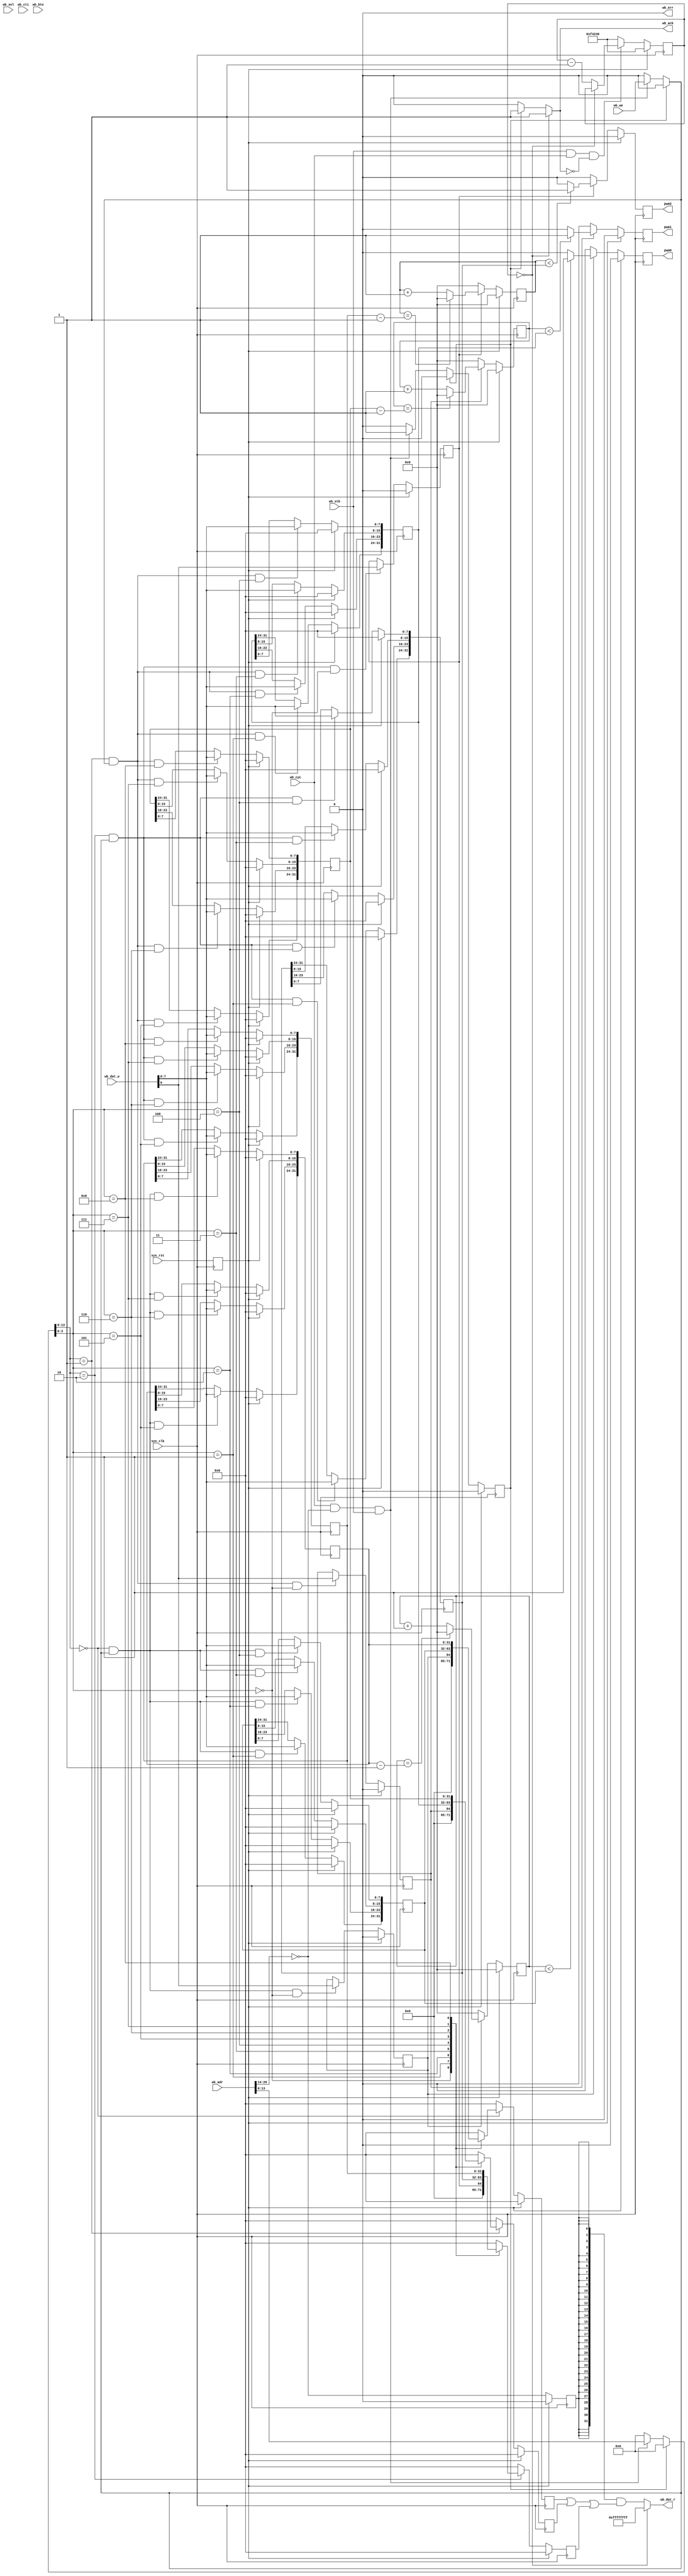
//--------------------------------------------------------------------------------
// Auto-generated by Migen (e2e6c72) & LiteX (1b07c084) on 2020-02-28 15:59:50
//--------------------------------------------------------------------------------
module top(
	input sys_clk,
	input sys_rst,
	output reg pwm0,
	output reg pwm1,
	output reg pwm2,
	input [29:0] wb_adr,
	input [31:0] wb_dat_w,
	output [31:0] wb_dat_r,
	input [3:0] wb_sel,
	input wb_cyc,
	input wb_stb,
	output wb_ack,
	input wb_we,
	input [2:0] wb_cti,
	input [1:0] wb_bte,
	output wb_err
);

wire sys_clk_1;
wire sys_rst_1;
wire por_clk;
reg main_int_rst = 1'd1;
reg [13:0] main_adr = 14'd0;
reg main_we = 1'd0;
wire [7:0] main_dat_w;
wire [7:0] main_dat_r;
wire [29:0] main_bus_wishbone_adr;
wire [31:0] main_bus_wishbone_dat_w;
wire [31:0] main_bus_wishbone_dat_r;
wire [3:0] main_bus_wishbone_sel;
wire main_bus_wishbone_cyc;
wire main_bus_wishbone_stb;
reg main_bus_wishbone_ack = 1'd0;
wire main_bus_wishbone_we;
wire [2:0] main_bus_wishbone_cti;
wire [1:0] main_bus_wishbone_bte;
reg main_bus_wishbone_err = 1'd0;
wire main_pwm0_enable;
wire [31:0] main_pwm0_width;
wire [31:0] main_pwm0_period;
reg [31:0] main_pwm0_counter = 32'd0;
reg main_pwm0_enable_storage = 1'd0;
reg main_pwm0_enable_re = 1'd0;
reg [31:0] main_pwm0_width_storage = 32'd0;
reg main_pwm0_width_re = 1'd0;
reg [31:0] main_pwm0_period_storage = 32'd0;
reg main_pwm0_period_re = 1'd0;
wire main_pwm1_enable;
wire [31:0] main_pwm1_width;
wire [31:0] main_pwm1_period;
reg [31:0] main_pwm1_counter = 32'd0;
reg main_pwm1_enable_storage = 1'd0;
reg main_pwm1_enable_re = 1'd0;
reg [31:0] main_pwm1_width_storage = 32'd0;
reg main_pwm1_width_re = 1'd0;
reg [31:0] main_pwm1_period_storage = 32'd0;
reg main_pwm1_period_re = 1'd0;
wire main_pwm2_enable;
wire [31:0] main_pwm2_width;
wire [31:0] main_pwm2_period;
reg [31:0] main_pwm2_counter = 32'd0;
reg main_pwm2_enable_storage = 1'd0;
reg main_pwm2_enable_re = 1'd0;
reg [31:0] main_pwm2_width_storage = 32'd0;
reg main_pwm2_width_re = 1'd0;
reg [31:0] main_pwm2_period_storage = 32'd0;
reg main_pwm2_period_re = 1'd0;
wire [29:0] main_wb_bus_adr;
wire [31:0] main_wb_bus_dat_w;
wire [31:0] main_wb_bus_dat_r;
wire [3:0] main_wb_bus_sel;
wire main_wb_bus_cyc;
wire main_wb_bus_stb;
wire main_wb_bus_ack;
wire main_wb_bus_we;
wire [2:0] main_wb_bus_cti;
wire [1:0] main_wb_bus_bte;
wire main_wb_bus_err;
reg builder_state = 1'd0;
reg builder_next_state = 1'd0;
wire [29:0] builder_shared_adr;
wire [31:0] builder_shared_dat_w;
reg [31:0] builder_shared_dat_r = 32'd0;
wire [3:0] builder_shared_sel;
wire builder_shared_cyc;
wire builder_shared_stb;
reg builder_shared_ack = 1'd0;
wire builder_shared_we;
wire [2:0] builder_shared_cti;
wire [1:0] builder_shared_bte;
wire builder_shared_err;
wire builder_request;
wire builder_grant;
wire builder_slave_sel;
reg builder_slave_sel_r = 1'd0;
reg builder_error = 1'd0;
wire builder_wait;
wire builder_done;
reg [19:0] builder_count = 20'd1000000;
wire [13:0] builder_interface0_bank_bus_adr;
wire builder_interface0_bank_bus_we;
wire [7:0] builder_interface0_bank_bus_dat_w;
reg [7:0] builder_interface0_bank_bus_dat_r = 8'd0;
wire builder_csrbank0_enable0_re;
wire builder_csrbank0_enable0_r;
wire builder_csrbank0_enable0_we;
wire builder_csrbank0_enable0_w;
wire builder_csrbank0_width3_re;
wire [7:0] builder_csrbank0_width3_r;
wire builder_csrbank0_width3_we;
wire [7:0] builder_csrbank0_width3_w;
wire builder_csrbank0_width2_re;
wire [7:0] builder_csrbank0_width2_r;
wire builder_csrbank0_width2_we;
wire [7:0] builder_csrbank0_width2_w;
wire builder_csrbank0_width1_re;
wire [7:0] builder_csrbank0_width1_r;
wire builder_csrbank0_width1_we;
wire [7:0] builder_csrbank0_width1_w;
wire builder_csrbank0_width0_re;
wire [7:0] builder_csrbank0_width0_r;
wire builder_csrbank0_width0_we;
wire [7:0] builder_csrbank0_width0_w;
wire builder_csrbank0_period3_re;
wire [7:0] builder_csrbank0_period3_r;
wire builder_csrbank0_period3_we;
wire [7:0] builder_csrbank0_period3_w;
wire builder_csrbank0_period2_re;
wire [7:0] builder_csrbank0_period2_r;
wire builder_csrbank0_period2_we;
wire [7:0] builder_csrbank0_period2_w;
wire builder_csrbank0_period1_re;
wire [7:0] builder_csrbank0_period1_r;
wire builder_csrbank0_period1_we;
wire [7:0] builder_csrbank0_period1_w;
wire builder_csrbank0_period0_re;
wire [7:0] builder_csrbank0_period0_r;
wire builder_csrbank0_period0_we;
wire [7:0] builder_csrbank0_period0_w;
wire builder_csrbank0_sel;
wire [13:0] builder_interface1_bank_bus_adr;
wire builder_interface1_bank_bus_we;
wire [7:0] builder_interface1_bank_bus_dat_w;
reg [7:0] builder_interface1_bank_bus_dat_r = 8'd0;
wire builder_csrbank1_enable0_re;
wire builder_csrbank1_enable0_r;
wire builder_csrbank1_enable0_we;
wire builder_csrbank1_enable0_w;
wire builder_csrbank1_width3_re;
wire [7:0] builder_csrbank1_width3_r;
wire builder_csrbank1_width3_we;
wire [7:0] builder_csrbank1_width3_w;
wire builder_csrbank1_width2_re;
wire [7:0] builder_csrbank1_width2_r;
wire builder_csrbank1_width2_we;
wire [7:0] builder_csrbank1_width2_w;
wire builder_csrbank1_width1_re;
wire [7:0] builder_csrbank1_width1_r;
wire builder_csrbank1_width1_we;
wire [7:0] builder_csrbank1_width1_w;
wire builder_csrbank1_width0_re;
wire [7:0] builder_csrbank1_width0_r;
wire builder_csrbank1_width0_we;
wire [7:0] builder_csrbank1_width0_w;
wire builder_csrbank1_period3_re;
wire [7:0] builder_csrbank1_period3_r;
wire builder_csrbank1_period3_we;
wire [7:0] builder_csrbank1_period3_w;
wire builder_csrbank1_period2_re;
wire [7:0] builder_csrbank1_period2_r;
wire builder_csrbank1_period2_we;
wire [7:0] builder_csrbank1_period2_w;
wire builder_csrbank1_period1_re;
wire [7:0] builder_csrbank1_period1_r;
wire builder_csrbank1_period1_we;
wire [7:0] builder_csrbank1_period1_w;
wire builder_csrbank1_period0_re;
wire [7:0] builder_csrbank1_period0_r;
wire builder_csrbank1_period0_we;
wire [7:0] builder_csrbank1_period0_w;
wire builder_csrbank1_sel;
wire [13:0] builder_interface2_bank_bus_adr;
wire builder_interface2_bank_bus_we;
wire [7:0] builder_interface2_bank_bus_dat_w;
reg [7:0] builder_interface2_bank_bus_dat_r = 8'd0;
wire builder_csrbank2_enable0_re;
wire builder_csrbank2_enable0_r;
wire builder_csrbank2_enable0_we;
wire builder_csrbank2_enable0_w;
wire builder_csrbank2_width3_re;
wire [7:0] builder_csrbank2_width3_r;
wire builder_csrbank2_width3_we;
wire [7:0] builder_csrbank2_width3_w;
wire builder_csrbank2_width2_re;
wire [7:0] builder_csrbank2_width2_r;
wire builder_csrbank2_width2_we;
wire [7:0] builder_csrbank2_width2_w;
wire builder_csrbank2_width1_re;
wire [7:0] builder_csrbank2_width1_r;
wire builder_csrbank2_width1_we;
wire [7:0] builder_csrbank2_width1_w;
wire builder_csrbank2_width0_re;
wire [7:0] builder_csrbank2_width0_r;
wire builder_csrbank2_width0_we;
wire [7:0] builder_csrbank2_width0_w;
wire builder_csrbank2_period3_re;
wire [7:0] builder_csrbank2_period3_r;
wire builder_csrbank2_period3_we;
wire [7:0] builder_csrbank2_period3_w;
wire builder_csrbank2_period2_re;
wire [7:0] builder_csrbank2_period2_r;
wire builder_csrbank2_period2_we;
wire [7:0] builder_csrbank2_period2_w;
wire builder_csrbank2_period1_re;
wire [7:0] builder_csrbank2_period1_r;
wire builder_csrbank2_period1_we;
wire [7:0] builder_csrbank2_period1_w;
wire builder_csrbank2_period0_re;
wire [7:0] builder_csrbank2_period0_r;
wire builder_csrbank2_period0_we;
wire [7:0] builder_csrbank2_period0_w;
wire builder_csrbank2_sel;
wire [13:0] builder_adr;
wire builder_we;
wire [7:0] builder_dat_w;
wire [7:0] builder_dat_r;
reg [29:0] builder_array_muxed0 = 30'd0;
reg [31:0] builder_array_muxed1 = 32'd0;
reg [3:0] builder_array_muxed2 = 4'd0;
reg builder_array_muxed3 = 1'd0;
reg builder_array_muxed4 = 1'd0;
reg builder_array_muxed5 = 1'd0;
reg [2:0] builder_array_muxed6 = 3'd0;
reg [1:0] builder_array_muxed7 = 2'd0;

assign main_wb_bus_adr = wb_adr;
assign main_wb_bus_dat_w = wb_dat_w;
assign wb_dat_r = main_wb_bus_dat_r;
assign main_wb_bus_sel = wb_sel;
assign main_wb_bus_cyc = wb_cyc;
assign main_wb_bus_stb = wb_stb;
assign wb_ack = main_wb_bus_ack;
assign main_wb_bus_we = wb_we;
assign main_wb_bus_cti = wb_cti;
assign main_wb_bus_bte = wb_bte;
assign wb_err = main_wb_bus_err;
assign sys_clk_1 = sys_clk;
assign por_clk = sys_clk;
assign sys_rst_1 = main_int_rst;
assign main_dat_w = main_bus_wishbone_dat_w;
assign main_bus_wishbone_dat_r = main_dat_r;
always @(*) begin
	main_we <= 1'd0;
	builder_next_state <= 1'd0;
	main_bus_wishbone_ack <= 1'd0;
	main_adr <= 14'd0;
	builder_next_state <= builder_state;
	case (builder_state)
		1'd1: begin
			main_bus_wishbone_ack <= 1'd1;
			builder_next_state <= 1'd0;
		end
		default: begin
			if ((main_bus_wishbone_cyc & main_bus_wishbone_stb)) begin
				main_adr <= main_bus_wishbone_adr;
				main_we <= main_bus_wishbone_we;
				builder_next_state <= 1'd1;
			end
		end
	endcase
end
assign builder_shared_adr = builder_array_muxed0;
assign builder_shared_dat_w = builder_array_muxed1;
assign builder_shared_sel = builder_array_muxed2;
assign builder_shared_cyc = builder_array_muxed3;
assign builder_shared_stb = builder_array_muxed4;
assign builder_shared_we = builder_array_muxed5;
assign builder_shared_cti = builder_array_muxed6;
assign builder_shared_bte = builder_array_muxed7;
assign main_wb_bus_dat_r = builder_shared_dat_r;
assign main_wb_bus_ack = (builder_shared_ack & (builder_grant == 1'd0));
assign main_wb_bus_err = (builder_shared_err & (builder_grant == 1'd0));
assign builder_request = {main_wb_bus_cyc};
assign builder_grant = 1'd0;
assign builder_slave_sel = (builder_shared_adr[29:14] == 1'd0);
assign main_bus_wishbone_adr = builder_shared_adr;
assign main_bus_wishbone_dat_w = builder_shared_dat_w;
assign main_bus_wishbone_sel = builder_shared_sel;
assign main_bus_wishbone_stb = builder_shared_stb;
assign main_bus_wishbone_we = builder_shared_we;
assign main_bus_wishbone_cti = builder_shared_cti;
assign main_bus_wishbone_bte = builder_shared_bte;
assign main_bus_wishbone_cyc = (builder_shared_cyc & builder_slave_sel);
assign builder_shared_err = main_bus_wishbone_err;
assign builder_wait = ((builder_shared_stb & builder_shared_cyc) & (~builder_shared_ack));
always @(*) begin
	builder_error <= 1'd0;
	builder_shared_ack <= 1'd0;
	builder_shared_dat_r <= 32'd0;
	builder_shared_ack <= main_bus_wishbone_ack;
	builder_shared_dat_r <= ({32{builder_slave_sel_r}} & main_bus_wishbone_dat_r);
	if (builder_done) begin
		builder_shared_dat_r <= 32'd4294967295;
		builder_shared_ack <= 1'd1;
		builder_error <= 1'd1;
	end
end
assign builder_done = (builder_count == 1'd0);
assign builder_csrbank0_sel = (builder_interface0_bank_bus_adr[13:9] == 1'd0);
assign builder_csrbank0_enable0_r = builder_interface0_bank_bus_dat_w[0];
assign builder_csrbank0_enable0_re = ((builder_csrbank0_sel & builder_interface0_bank_bus_we) & (builder_interface0_bank_bus_adr[3:0] == 1'd0));
assign builder_csrbank0_enable0_we = ((builder_csrbank0_sel & (~builder_interface0_bank_bus_we)) & (builder_interface0_bank_bus_adr[3:0] == 1'd0));
assign builder_csrbank0_width3_r = builder_interface0_bank_bus_dat_w[7:0];
assign builder_csrbank0_width3_re = ((builder_csrbank0_sel & builder_interface0_bank_bus_we) & (builder_interface0_bank_bus_adr[3:0] == 1'd1));
assign builder_csrbank0_width3_we = ((builder_csrbank0_sel & (~builder_interface0_bank_bus_we)) & (builder_interface0_bank_bus_adr[3:0] == 1'd1));
assign builder_csrbank0_width2_r = builder_interface0_bank_bus_dat_w[7:0];
assign builder_csrbank0_width2_re = ((builder_csrbank0_sel & builder_interface0_bank_bus_we) & (builder_interface0_bank_bus_adr[3:0] == 2'd2));
assign builder_csrbank0_width2_we = ((builder_csrbank0_sel & (~builder_interface0_bank_bus_we)) & (builder_interface0_bank_bus_adr[3:0] == 2'd2));
assign builder_csrbank0_width1_r = builder_interface0_bank_bus_dat_w[7:0];
assign builder_csrbank0_width1_re = ((builder_csrbank0_sel & builder_interface0_bank_bus_we) & (builder_interface0_bank_bus_adr[3:0] == 2'd3));
assign builder_csrbank0_width1_we = ((builder_csrbank0_sel & (~builder_interface0_bank_bus_we)) & (builder_interface0_bank_bus_adr[3:0] == 2'd3));
assign builder_csrbank0_width0_r = builder_interface0_bank_bus_dat_w[7:0];
assign builder_csrbank0_width0_re = ((builder_csrbank0_sel & builder_interface0_bank_bus_we) & (builder_interface0_bank_bus_adr[3:0] == 3'd4));
assign builder_csrbank0_width0_we = ((builder_csrbank0_sel & (~builder_interface0_bank_bus_we)) & (builder_interface0_bank_bus_adr[3:0] == 3'd4));
assign builder_csrbank0_period3_r = builder_interface0_bank_bus_dat_w[7:0];
assign builder_csrbank0_period3_re = ((builder_csrbank0_sel & builder_interface0_bank_bus_we) & (builder_interface0_bank_bus_adr[3:0] == 3'd5));
assign builder_csrbank0_period3_we = ((builder_csrbank0_sel & (~builder_interface0_bank_bus_we)) & (builder_interface0_bank_bus_adr[3:0] == 3'd5));
assign builder_csrbank0_period2_r = builder_interface0_bank_bus_dat_w[7:0];
assign builder_csrbank0_period2_re = ((builder_csrbank0_sel & builder_interface0_bank_bus_we) & (builder_interface0_bank_bus_adr[3:0] == 3'd6));
assign builder_csrbank0_period2_we = ((builder_csrbank0_sel & (~builder_interface0_bank_bus_we)) & (builder_interface0_bank_bus_adr[3:0] == 3'd6));
assign builder_csrbank0_period1_r = builder_interface0_bank_bus_dat_w[7:0];
assign builder_csrbank0_period1_re = ((builder_csrbank0_sel & builder_interface0_bank_bus_we) & (builder_interface0_bank_bus_adr[3:0] == 3'd7));
assign builder_csrbank0_period1_we = ((builder_csrbank0_sel & (~builder_interface0_bank_bus_we)) & (builder_interface0_bank_bus_adr[3:0] == 3'd7));
assign builder_csrbank0_period0_r = builder_interface0_bank_bus_dat_w[7:0];
assign builder_csrbank0_period0_re = ((builder_csrbank0_sel & builder_interface0_bank_bus_we) & (builder_interface0_bank_bus_adr[3:0] == 4'd8));
assign builder_csrbank0_period0_we = ((builder_csrbank0_sel & (~builder_interface0_bank_bus_we)) & (builder_interface0_bank_bus_adr[3:0] == 4'd8));
assign builder_csrbank0_enable0_w = main_pwm0_enable_storage;
assign builder_csrbank0_width3_w = main_pwm0_width_storage[31:24];
assign builder_csrbank0_width2_w = main_pwm0_width_storage[23:16];
assign builder_csrbank0_width1_w = main_pwm0_width_storage[15:8];
assign builder_csrbank0_width0_w = main_pwm0_width_storage[7:0];
assign builder_csrbank0_period3_w = main_pwm0_period_storage[31:24];
assign builder_csrbank0_period2_w = main_pwm0_period_storage[23:16];
assign builder_csrbank0_period1_w = main_pwm0_period_storage[15:8];
assign builder_csrbank0_period0_w = main_pwm0_period_storage[7:0];
assign builder_csrbank1_sel = (builder_interface1_bank_bus_adr[13:9] == 1'd1);
assign builder_csrbank1_enable0_r = builder_interface1_bank_bus_dat_w[0];
assign builder_csrbank1_enable0_re = ((builder_csrbank1_sel & builder_interface1_bank_bus_we) & (builder_interface1_bank_bus_adr[3:0] == 1'd0));
assign builder_csrbank1_enable0_we = ((builder_csrbank1_sel & (~builder_interface1_bank_bus_we)) & (builder_interface1_bank_bus_adr[3:0] == 1'd0));
assign builder_csrbank1_width3_r = builder_interface1_bank_bus_dat_w[7:0];
assign builder_csrbank1_width3_re = ((builder_csrbank1_sel & builder_interface1_bank_bus_we) & (builder_interface1_bank_bus_adr[3:0] == 1'd1));
assign builder_csrbank1_width3_we = ((builder_csrbank1_sel & (~builder_interface1_bank_bus_we)) & (builder_interface1_bank_bus_adr[3:0] == 1'd1));
assign builder_csrbank1_width2_r = builder_interface1_bank_bus_dat_w[7:0];
assign builder_csrbank1_width2_re = ((builder_csrbank1_sel & builder_interface1_bank_bus_we) & (builder_interface1_bank_bus_adr[3:0] == 2'd2));
assign builder_csrbank1_width2_we = ((builder_csrbank1_sel & (~builder_interface1_bank_bus_we)) & (builder_interface1_bank_bus_adr[3:0] == 2'd2));
assign builder_csrbank1_width1_r = builder_interface1_bank_bus_dat_w[7:0];
assign builder_csrbank1_width1_re = ((builder_csrbank1_sel & builder_interface1_bank_bus_we) & (builder_interface1_bank_bus_adr[3:0] == 2'd3));
assign builder_csrbank1_width1_we = ((builder_csrbank1_sel & (~builder_interface1_bank_bus_we)) & (builder_interface1_bank_bus_adr[3:0] == 2'd3));
assign builder_csrbank1_width0_r = builder_interface1_bank_bus_dat_w[7:0];
assign builder_csrbank1_width0_re = ((builder_csrbank1_sel & builder_interface1_bank_bus_we) & (builder_interface1_bank_bus_adr[3:0] == 3'd4));
assign builder_csrbank1_width0_we = ((builder_csrbank1_sel & (~builder_interface1_bank_bus_we)) & (builder_interface1_bank_bus_adr[3:0] == 3'd4));
assign builder_csrbank1_period3_r = builder_interface1_bank_bus_dat_w[7:0];
assign builder_csrbank1_period3_re = ((builder_csrbank1_sel & builder_interface1_bank_bus_we) & (builder_interface1_bank_bus_adr[3:0] == 3'd5));
assign builder_csrbank1_period3_we = ((builder_csrbank1_sel & (~builder_interface1_bank_bus_we)) & (builder_interface1_bank_bus_adr[3:0] == 3'd5));
assign builder_csrbank1_period2_r = builder_interface1_bank_bus_dat_w[7:0];
assign builder_csrbank1_period2_re = ((builder_csrbank1_sel & builder_interface1_bank_bus_we) & (builder_interface1_bank_bus_adr[3:0] == 3'd6));
assign builder_csrbank1_period2_we = ((builder_csrbank1_sel & (~builder_interface1_bank_bus_we)) & (builder_interface1_bank_bus_adr[3:0] == 3'd6));
assign builder_csrbank1_period1_r = builder_interface1_bank_bus_dat_w[7:0];
assign builder_csrbank1_period1_re = ((builder_csrbank1_sel & builder_interface1_bank_bus_we) & (builder_interface1_bank_bus_adr[3:0] == 3'd7));
assign builder_csrbank1_period1_we = ((builder_csrbank1_sel & (~builder_interface1_bank_bus_we)) & (builder_interface1_bank_bus_adr[3:0] == 3'd7));
assign builder_csrbank1_period0_r = builder_interface1_bank_bus_dat_w[7:0];
assign builder_csrbank1_period0_re = ((builder_csrbank1_sel & builder_interface1_bank_bus_we) & (builder_interface1_bank_bus_adr[3:0] == 4'd8));
assign builder_csrbank1_period0_we = ((builder_csrbank1_sel & (~builder_interface1_bank_bus_we)) & (builder_interface1_bank_bus_adr[3:0] == 4'd8));
assign builder_csrbank1_enable0_w = main_pwm1_enable_storage;
assign builder_csrbank1_width3_w = main_pwm1_width_storage[31:24];
assign builder_csrbank1_width2_w = main_pwm1_width_storage[23:16];
assign builder_csrbank1_width1_w = main_pwm1_width_storage[15:8];
assign builder_csrbank1_width0_w = main_pwm1_width_storage[7:0];
assign builder_csrbank1_period3_w = main_pwm1_period_storage[31:24];
assign builder_csrbank1_period2_w = main_pwm1_period_storage[23:16];
assign builder_csrbank1_period1_w = main_pwm1_period_storage[15:8];
assign builder_csrbank1_period0_w = main_pwm1_period_storage[7:0];
assign builder_csrbank2_sel = (builder_interface2_bank_bus_adr[13:9] == 2'd2);
assign builder_csrbank2_enable0_r = builder_interface2_bank_bus_dat_w[0];
assign builder_csrbank2_enable0_re = ((builder_csrbank2_sel & builder_interface2_bank_bus_we) & (builder_interface2_bank_bus_adr[3:0] == 1'd0));
assign builder_csrbank2_enable0_we = ((builder_csrbank2_sel & (~builder_interface2_bank_bus_we)) & (builder_interface2_bank_bus_adr[3:0] == 1'd0));
assign builder_csrbank2_width3_r = builder_interface2_bank_bus_dat_w[7:0];
assign builder_csrbank2_width3_re = ((builder_csrbank2_sel & builder_interface2_bank_bus_we) & (builder_interface2_bank_bus_adr[3:0] == 1'd1));
assign builder_csrbank2_width3_we = ((builder_csrbank2_sel & (~builder_interface2_bank_bus_we)) & (builder_interface2_bank_bus_adr[3:0] == 1'd1));
assign builder_csrbank2_width2_r = builder_interface2_bank_bus_dat_w[7:0];
assign builder_csrbank2_width2_re = ((builder_csrbank2_sel & builder_interface2_bank_bus_we) & (builder_interface2_bank_bus_adr[3:0] == 2'd2));
assign builder_csrbank2_width2_we = ((builder_csrbank2_sel & (~builder_interface2_bank_bus_we)) & (builder_interface2_bank_bus_adr[3:0] == 2'd2));
assign builder_csrbank2_width1_r = builder_interface2_bank_bus_dat_w[7:0];
assign builder_csrbank2_width1_re = ((builder_csrbank2_sel & builder_interface2_bank_bus_we) & (builder_interface2_bank_bus_adr[3:0] == 2'd3));
assign builder_csrbank2_width1_we = ((builder_csrbank2_sel & (~builder_interface2_bank_bus_we)) & (builder_interface2_bank_bus_adr[3:0] == 2'd3));
assign builder_csrbank2_width0_r = builder_interface2_bank_bus_dat_w[7:0];
assign builder_csrbank2_width0_re = ((builder_csrbank2_sel & builder_interface2_bank_bus_we) & (builder_interface2_bank_bus_adr[3:0] == 3'd4));
assign builder_csrbank2_width0_we = ((builder_csrbank2_sel & (~builder_interface2_bank_bus_we)) & (builder_interface2_bank_bus_adr[3:0] == 3'd4));
assign builder_csrbank2_period3_r = builder_interface2_bank_bus_dat_w[7:0];
assign builder_csrbank2_period3_re = ((builder_csrbank2_sel & builder_interface2_bank_bus_we) & (builder_interface2_bank_bus_adr[3:0] == 3'd5));
assign builder_csrbank2_period3_we = ((builder_csrbank2_sel & (~builder_interface2_bank_bus_we)) & (builder_interface2_bank_bus_adr[3:0] == 3'd5));
assign builder_csrbank2_period2_r = builder_interface2_bank_bus_dat_w[7:0];
assign builder_csrbank2_period2_re = ((builder_csrbank2_sel & builder_interface2_bank_bus_we) & (builder_interface2_bank_bus_adr[3:0] == 3'd6));
assign builder_csrbank2_period2_we = ((builder_csrbank2_sel & (~builder_interface2_bank_bus_we)) & (builder_interface2_bank_bus_adr[3:0] == 3'd6));
assign builder_csrbank2_period1_r = builder_interface2_bank_bus_dat_w[7:0];
assign builder_csrbank2_period1_re = ((builder_csrbank2_sel & builder_interface2_bank_bus_we) & (builder_interface2_bank_bus_adr[3:0] == 3'd7));
assign builder_csrbank2_period1_we = ((builder_csrbank2_sel & (~builder_interface2_bank_bus_we)) & (builder_interface2_bank_bus_adr[3:0] == 3'd7));
assign builder_csrbank2_period0_r = builder_interface2_bank_bus_dat_w[7:0];
assign builder_csrbank2_period0_re = ((builder_csrbank2_sel & builder_interface2_bank_bus_we) & (builder_interface2_bank_bus_adr[3:0] == 4'd8));
assign builder_csrbank2_period0_we = ((builder_csrbank2_sel & (~builder_interface2_bank_bus_we)) & (builder_interface2_bank_bus_adr[3:0] == 4'd8));
assign builder_csrbank2_enable0_w = main_pwm2_enable_storage;
assign builder_csrbank2_width3_w = main_pwm2_width_storage[31:24];
assign builder_csrbank2_width2_w = main_pwm2_width_storage[23:16];
assign builder_csrbank2_width1_w = main_pwm2_width_storage[15:8];
assign builder_csrbank2_width0_w = main_pwm2_width_storage[7:0];
assign builder_csrbank2_period3_w = main_pwm2_period_storage[31:24];
assign builder_csrbank2_period2_w = main_pwm2_period_storage[23:16];
assign builder_csrbank2_period1_w = main_pwm2_period_storage[15:8];
assign builder_csrbank2_period0_w = main_pwm2_period_storage[7:0];
assign builder_adr = main_adr;
assign builder_we = main_we;
assign builder_dat_w = main_dat_w;
assign main_dat_r = builder_dat_r;
assign builder_interface0_bank_bus_adr = builder_adr;
assign builder_interface1_bank_bus_adr = builder_adr;
assign builder_interface2_bank_bus_adr = builder_adr;
assign builder_interface0_bank_bus_we = builder_we;
assign builder_interface1_bank_bus_we = builder_we;
assign builder_interface2_bank_bus_we = builder_we;
assign builder_interface0_bank_bus_dat_w = builder_dat_w;
assign builder_interface1_bank_bus_dat_w = builder_dat_w;
assign builder_interface2_bank_bus_dat_w = builder_dat_w;
assign builder_dat_r = ((builder_interface0_bank_bus_dat_r | builder_interface1_bank_bus_dat_r) | builder_interface2_bank_bus_dat_r);
always @(*) begin
	builder_array_muxed0 <= 30'd0;
	case (builder_grant)
		default: begin
			builder_array_muxed0 <= main_wb_bus_adr;
		end
	endcase
end
always @(*) begin
	builder_array_muxed1 <= 32'd0;
	case (builder_grant)
		default: begin
			builder_array_muxed1 <= main_wb_bus_dat_w;
		end
	endcase
end
always @(*) begin
	builder_array_muxed2 <= 4'd0;
	case (builder_grant)
		default: begin
			builder_array_muxed2 <= main_wb_bus_sel;
		end
	endcase
end
always @(*) begin
	builder_array_muxed3 <= 1'd0;
	case (builder_grant)
		default: begin
			builder_array_muxed3 <= main_wb_bus_cyc;
		end
	endcase
end
always @(*) begin
	builder_array_muxed4 <= 1'd0;
	case (builder_grant)
		default: begin
			builder_array_muxed4 <= main_wb_bus_stb;
		end
	endcase
end
always @(*) begin
	builder_array_muxed5 <= 1'd0;
	case (builder_grant)
		default: begin
			builder_array_muxed5 <= main_wb_bus_we;
		end
	endcase
end
always @(*) begin
	builder_array_muxed6 <= 3'd0;
	case (builder_grant)
		default: begin
			builder_array_muxed6 <= main_wb_bus_cti;
		end
	endcase
end
always @(*) begin
	builder_array_muxed7 <= 2'd0;
	case (builder_grant)
		default: begin
			builder_array_muxed7 <= main_wb_bus_bte;
		end
	endcase
end
assign main_pwm0_enable = main_pwm0_enable_storage;
assign main_pwm0_width = main_pwm0_width_storage;
assign main_pwm0_period = main_pwm0_period_storage;
assign main_pwm1_enable = main_pwm1_enable_storage;
assign main_pwm1_width = main_pwm1_width_storage;
assign main_pwm1_period = main_pwm1_period_storage;
assign main_pwm2_enable = main_pwm2_enable_storage;
assign main_pwm2_width = main_pwm2_width_storage;
assign main_pwm2_period = main_pwm2_period_storage;

always @(posedge por_clk) begin
	main_int_rst <= sys_rst;
end

always @(posedge sys_clk_1) begin
	builder_state <= builder_next_state;
	if (main_pwm0_enable) begin
		main_pwm0_counter <= (main_pwm0_counter + 1'd1);
		if ((main_pwm0_counter < main_pwm0_width)) begin
			pwm0 <= 1'd1;
		end else begin
			pwm0 <= 1'd0;
		end
		if ((main_pwm0_counter == (main_pwm0_period - 1'd1))) begin
			main_pwm0_counter <= 1'd0;
		end
	end else begin
		main_pwm0_counter <= 1'd0;
		pwm0 <= 1'd0;
	end
	if (main_pwm1_enable) begin
		main_pwm1_counter <= (main_pwm1_counter + 1'd1);
		if ((main_pwm1_counter < main_pwm1_width)) begin
			pwm1 <= 1'd1;
		end else begin
			pwm1 <= 1'd0;
		end
		if ((main_pwm1_counter == (main_pwm1_period - 1'd1))) begin
			main_pwm1_counter <= 1'd0;
		end
	end else begin
		main_pwm1_counter <= 1'd0;
		pwm1 <= 1'd0;
	end
	if (main_pwm2_enable) begin
		main_pwm2_counter <= (main_pwm2_counter + 1'd1);
		if ((main_pwm2_counter < main_pwm2_width)) begin
			pwm2 <= 1'd1;
		end else begin
			pwm2 <= 1'd0;
		end
		if ((main_pwm2_counter == (main_pwm2_period - 1'd1))) begin
			main_pwm2_counter <= 1'd0;
		end
	end else begin
		main_pwm2_counter <= 1'd0;
		pwm2 <= 1'd0;
	end
	builder_slave_sel_r <= builder_slave_sel;
	if (builder_wait) begin
		if ((~builder_done)) begin
			builder_count <= (builder_count - 1'd1);
		end
	end else begin
		builder_count <= 20'd1000000;
	end
	builder_interface0_bank_bus_dat_r <= 1'd0;
	if (builder_csrbank0_sel) begin
		case (builder_interface0_bank_bus_adr[3:0])
			1'd0: begin
				builder_interface0_bank_bus_dat_r <= builder_csrbank0_enable0_w;
			end
			1'd1: begin
				builder_interface0_bank_bus_dat_r <= builder_csrbank0_width3_w;
			end
			2'd2: begin
				builder_interface0_bank_bus_dat_r <= builder_csrbank0_width2_w;
			end
			2'd3: begin
				builder_interface0_bank_bus_dat_r <= builder_csrbank0_width1_w;
			end
			3'd4: begin
				builder_interface0_bank_bus_dat_r <= builder_csrbank0_width0_w;
			end
			3'd5: begin
				builder_interface0_bank_bus_dat_r <= builder_csrbank0_period3_w;
			end
			3'd6: begin
				builder_interface0_bank_bus_dat_r <= builder_csrbank0_period2_w;
			end
			3'd7: begin
				builder_interface0_bank_bus_dat_r <= builder_csrbank0_period1_w;
			end
			4'd8: begin
				builder_interface0_bank_bus_dat_r <= builder_csrbank0_period0_w;
			end
		endcase
	end
	if (builder_csrbank0_enable0_re) begin
		main_pwm0_enable_storage <= builder_csrbank0_enable0_r;
	end
	main_pwm0_enable_re <= builder_csrbank0_enable0_re;
	if (builder_csrbank0_width3_re) begin
		main_pwm0_width_storage[31:24] <= builder_csrbank0_width3_r;
	end
	if (builder_csrbank0_width2_re) begin
		main_pwm0_width_storage[23:16] <= builder_csrbank0_width2_r;
	end
	if (builder_csrbank0_width1_re) begin
		main_pwm0_width_storage[15:8] <= builder_csrbank0_width1_r;
	end
	if (builder_csrbank0_width0_re) begin
		main_pwm0_width_storage[7:0] <= builder_csrbank0_width0_r;
	end
	main_pwm0_width_re <= builder_csrbank0_width0_re;
	if (builder_csrbank0_period3_re) begin
		main_pwm0_period_storage[31:24] <= builder_csrbank0_period3_r;
	end
	if (builder_csrbank0_period2_re) begin
		main_pwm0_period_storage[23:16] <= builder_csrbank0_period2_r;
	end
	if (builder_csrbank0_period1_re) begin
		main_pwm0_period_storage[15:8] <= builder_csrbank0_period1_r;
	end
	if (builder_csrbank0_period0_re) begin
		main_pwm0_period_storage[7:0] <= builder_csrbank0_period0_r;
	end
	main_pwm0_period_re <= builder_csrbank0_period0_re;
	builder_interface1_bank_bus_dat_r <= 1'd0;
	if (builder_csrbank1_sel) begin
		case (builder_interface1_bank_bus_adr[3:0])
			1'd0: begin
				builder_interface1_bank_bus_dat_r <= builder_csrbank1_enable0_w;
			end
			1'd1: begin
				builder_interface1_bank_bus_dat_r <= builder_csrbank1_width3_w;
			end
			2'd2: begin
				builder_interface1_bank_bus_dat_r <= builder_csrbank1_width2_w;
			end
			2'd3: begin
				builder_interface1_bank_bus_dat_r <= builder_csrbank1_width1_w;
			end
			3'd4: begin
				builder_interface1_bank_bus_dat_r <= builder_csrbank1_width0_w;
			end
			3'd5: begin
				builder_interface1_bank_bus_dat_r <= builder_csrbank1_period3_w;
			end
			3'd6: begin
				builder_interface1_bank_bus_dat_r <= builder_csrbank1_period2_w;
			end
			3'd7: begin
				builder_interface1_bank_bus_dat_r <= builder_csrbank1_period1_w;
			end
			4'd8: begin
				builder_interface1_bank_bus_dat_r <= builder_csrbank1_period0_w;
			end
		endcase
	end
	if (builder_csrbank1_enable0_re) begin
		main_pwm1_enable_storage <= builder_csrbank1_enable0_r;
	end
	main_pwm1_enable_re <= builder_csrbank1_enable0_re;
	if (builder_csrbank1_width3_re) begin
		main_pwm1_width_storage[31:24] <= builder_csrbank1_width3_r;
	end
	if (builder_csrbank1_width2_re) begin
		main_pwm1_width_storage[23:16] <= builder_csrbank1_width2_r;
	end
	if (builder_csrbank1_width1_re) begin
		main_pwm1_width_storage[15:8] <= builder_csrbank1_width1_r;
	end
	if (builder_csrbank1_width0_re) begin
		main_pwm1_width_storage[7:0] <= builder_csrbank1_width0_r;
	end
	main_pwm1_width_re <= builder_csrbank1_width0_re;
	if (builder_csrbank1_period3_re) begin
		main_pwm1_period_storage[31:24] <= builder_csrbank1_period3_r;
	end
	if (builder_csrbank1_period2_re) begin
		main_pwm1_period_storage[23:16] <= builder_csrbank1_period2_r;
	end
	if (builder_csrbank1_period1_re) begin
		main_pwm1_period_storage[15:8] <= builder_csrbank1_period1_r;
	end
	if (builder_csrbank1_period0_re) begin
		main_pwm1_period_storage[7:0] <= builder_csrbank1_period0_r;
	end
	main_pwm1_period_re <= builder_csrbank1_period0_re;
	builder_interface2_bank_bus_dat_r <= 1'd0;
	if (builder_csrbank2_sel) begin
		case (builder_interface2_bank_bus_adr[3:0])
			1'd0: begin
				builder_interface2_bank_bus_dat_r <= builder_csrbank2_enable0_w;
			end
			1'd1: begin
				builder_interface2_bank_bus_dat_r <= builder_csrbank2_width3_w;
			end
			2'd2: begin
				builder_interface2_bank_bus_dat_r <= builder_csrbank2_width2_w;
			end
			2'd3: begin
				builder_interface2_bank_bus_dat_r <= builder_csrbank2_width1_w;
			end
			3'd4: begin
				builder_interface2_bank_bus_dat_r <= builder_csrbank2_width0_w;
			end
			3'd5: begin
				builder_interface2_bank_bus_dat_r <= builder_csrbank2_period3_w;
			end
			3'd6: begin
				builder_interface2_bank_bus_dat_r <= builder_csrbank2_period2_w;
			end
			3'd7: begin
				builder_interface2_bank_bus_dat_r <= builder_csrbank2_period1_w;
			end
			4'd8: begin
				builder_interface2_bank_bus_dat_r <= builder_csrbank2_period0_w;
			end
		endcase
	end
	if (builder_csrbank2_enable0_re) begin
		main_pwm2_enable_storage <= builder_csrbank2_enable0_r;
	end
	main_pwm2_enable_re <= builder_csrbank2_enable0_re;
	if (builder_csrbank2_width3_re) begin
		main_pwm2_width_storage[31:24] <= builder_csrbank2_width3_r;
	end
	if (builder_csrbank2_width2_re) begin
		main_pwm2_width_storage[23:16] <= builder_csrbank2_width2_r;
	end
	if (builder_csrbank2_width1_re) begin
		main_pwm2_width_storage[15:8] <= builder_csrbank2_width1_r;
	end
	if (builder_csrbank2_width0_re) begin
		main_pwm2_width_storage[7:0] <= builder_csrbank2_width0_r;
	end
	main_pwm2_width_re <= builder_csrbank2_width0_re;
	if (builder_csrbank2_period3_re) begin
		main_pwm2_period_storage[31:24] <= builder_csrbank2_period3_r;
	end
	if (builder_csrbank2_period2_re) begin
		main_pwm2_period_storage[23:16] <= builder_csrbank2_period2_r;
	end
	if (builder_csrbank2_period1_re) begin
		main_pwm2_period_storage[15:8] <= builder_csrbank2_period1_r;
	end
	if (builder_csrbank2_period0_re) begin
		main_pwm2_period_storage[7:0] <= builder_csrbank2_period0_r;
	end
	main_pwm2_period_re <= builder_csrbank2_period0_re;
	if (sys_rst_1) begin
		pwm0 <= 1'd0;
		main_pwm0_counter <= 32'd0;
		main_pwm0_enable_storage <= 1'd0;
		main_pwm0_enable_re <= 1'd0;
		main_pwm0_width_storage <= 32'd0;
		main_pwm0_width_re <= 1'd0;
		main_pwm0_period_storage <= 32'd0;
		main_pwm0_period_re <= 1'd0;
		pwm1 <= 1'd0;
		main_pwm1_counter <= 32'd0;
		main_pwm1_enable_storage <= 1'd0;
		main_pwm1_enable_re <= 1'd0;
		main_pwm1_width_storage <= 32'd0;
		main_pwm1_width_re <= 1'd0;
		main_pwm1_period_storage <= 32'd0;
		main_pwm1_period_re <= 1'd0;
		pwm2 <= 1'd0;
		main_pwm2_counter <= 32'd0;
		main_pwm2_enable_storage <= 1'd0;
		main_pwm2_enable_re <= 1'd0;
		main_pwm2_width_storage <= 32'd0;
		main_pwm2_width_re <= 1'd0;
		main_pwm2_period_storage <= 32'd0;
		main_pwm2_period_re <= 1'd0;
		builder_state <= 1'd0;
		builder_slave_sel_r <= 1'd0;
		builder_count <= 20'd1000000;
		builder_interface0_bank_bus_dat_r <= 8'd0;
		builder_interface1_bank_bus_dat_r <= 8'd0;
		builder_interface2_bank_bus_dat_r <= 8'd0;
	end
end

endmodule